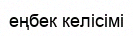
еңбек келісімі